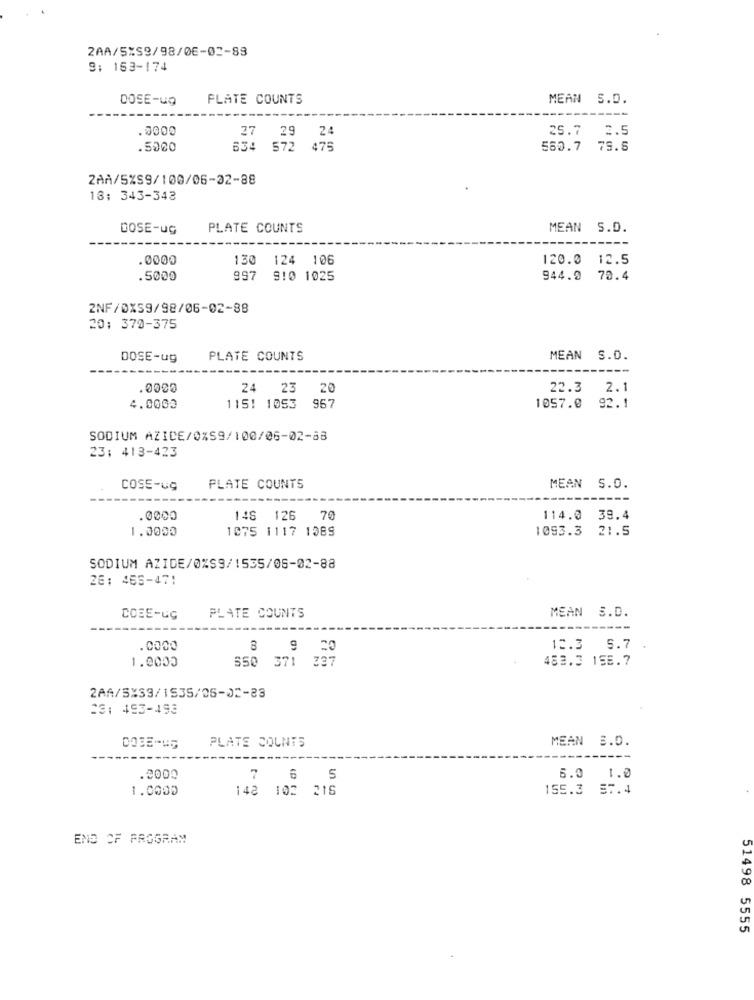
2AA/5%S9/98/06-02-88
9: 163-174
DOSE-ug
FLATE COUNTS
MEAN S.D.
.0000
27
29
24
25.7 2.5
.5000
634 572 475
560.7 79.5
2AA/5%S9/100/06-02-88
13: 343-343
DOSE-UG
PLATE COUNTS
MEAN S.D.
.0000
130
124 106
120.0
12.5
.5000
997
910 1025
944.9
70.4
2NF/0X59/98/06-02-88
20: 370-375
DOSE-ug
PLATE COUNTS
MEAN S.D.
.0000
24 23
20
22.3 2.1
967
4.0002
115: 1953
1057.0 92.1
SODIUM AZIDE/0%S9/100/06-02-88
23: 413-423
COSE-UG
PLATE COUNTS
MEAN S.O.
.0000
148 126
70
114.0 39.4
1.0000
1075 1117 1389
1093.3
21.5
SODIUM AZIDE/0%S9/1535/06-02-88
28: 465-471
COSE-UG
PLATE COUNTS
MEAN S.D.
.0000
9
12.3
5.7
1.0003
550
371 337
483.3 158.7
2AA/5×33/1535/05-02-83
23: 493-493
MEAN 3.0.
PLATE COUNTS
.2000
7 6
5
6.0
1.0
1.0000
148 102 216
155.3
ST.4
END OF PROGRAM
51498 5555